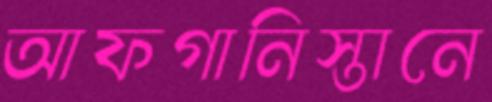
আফগানিস্তানে